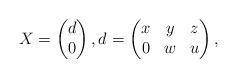
LaTeX: \begin{align*}X=\begin{pmatrix}d\\0\end{pmatrix},d=\begin{pmatrix}x&y&z\\0&w&u\end{pmatrix},\end{align*}